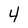
Character: 4